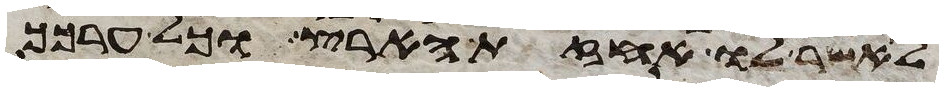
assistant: לאשר לו אחזת הארץ וכל ערכך